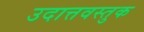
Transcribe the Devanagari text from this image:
उदात्तवस्तुक